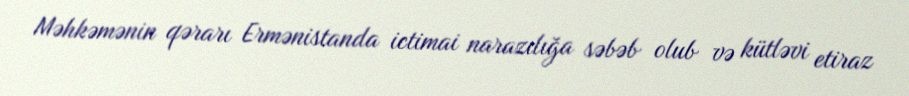
Məhkəmənin qərarı Ermənistanda ictimai narazılığa səbəb olub və kütləvi etiraz